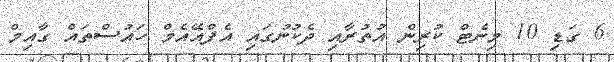
6 ގަޑި 10 މިނެޓް ކުރިން އުތުރާއި ދެކުނުގައި އެފްއޭއެމް ހައުސްތައް ގާއިމް